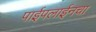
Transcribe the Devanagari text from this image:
पाईपलाईनचा